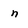
Character: n